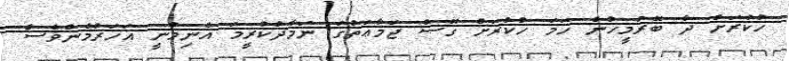
ހުކުރަށް ދާ ބޭރުމީހުން ހަމަ ހުކުރަށް ގޮސް ޖަމާޢަތުގަ ނަމާދުކުރީމަ އެނިމުނީ އަހަރުމެންވެސް